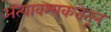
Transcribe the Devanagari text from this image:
अत्यावश्यकतेतून